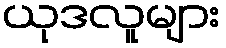
ယုဒလူများ